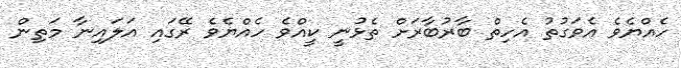
ހެއްޔެވެ އެވަގުތު އެހިތް ބާރުބާރަށް ތެޅުނީ ކީއްވެ ހެއްޔެވެ ރޭގައި އަލައިނާ މަތިން